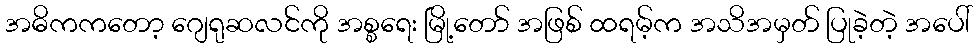
အဓိကကတော့ ဂျေရုဆလင်ကို အစ္စရေး မြို့တော် အဖြစ် ထရမ့်က အသိအမှတ် ပြုခဲ့တဲ့ အပေါ်